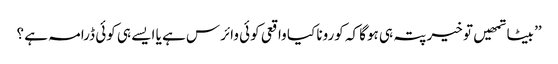
’’ بیٹا تمھیں تو خیر پتہ ہی ہوگا کہ کورونا کیا واقعی کوئی وائرس ہے یا ایسے ہی کوئی ڈرامہ ہے ؟